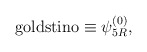
\begin{align*}{\rm goldstino}\equiv\psi^{(0)}_{5R}, \end{align*}